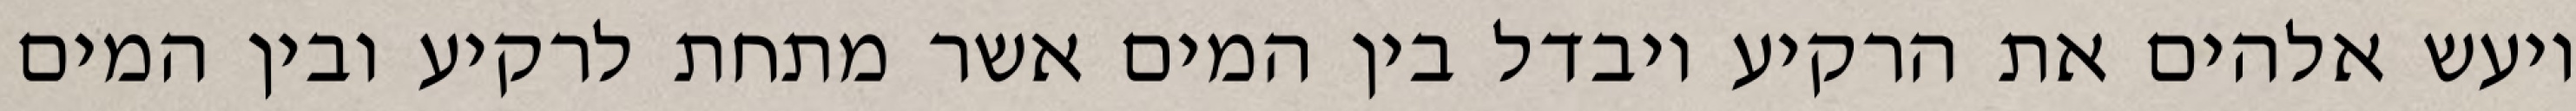
ויעש אלהים את הרקיע ויבדל בין המים אשר מתחת לרקיע ובין המים